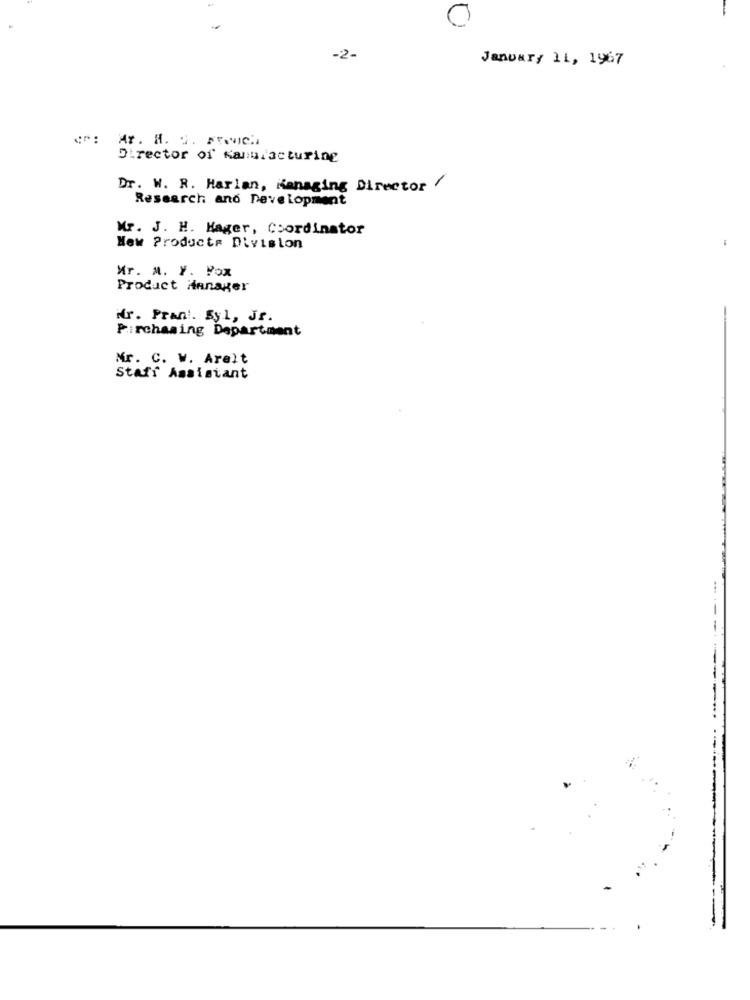
-2-
January 11, 1967
Mr. H. 2. FR.C.
Director of Kanul'acturing
Dr. W. R. Harlan, Managing Director /
Research and Development
Mr. J. H. Hager, Coordinator
New Products Division
Mr. M. Y. Pox
Product Manager
Mr. Prant. Syl, Jf.
Pirchasing Department
Mr. C. W. Arelt
Staff Assistant